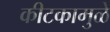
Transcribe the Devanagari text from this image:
कीटकामुळे